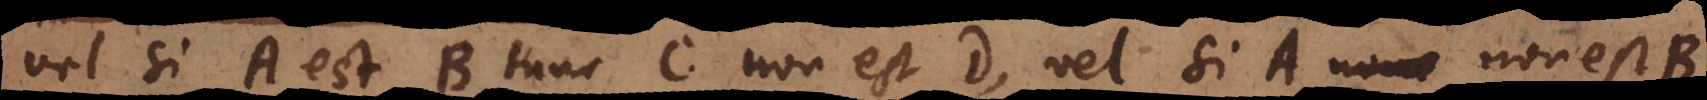
vel si A est B tunc C non est D, vel si A non est B